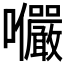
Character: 𭍍